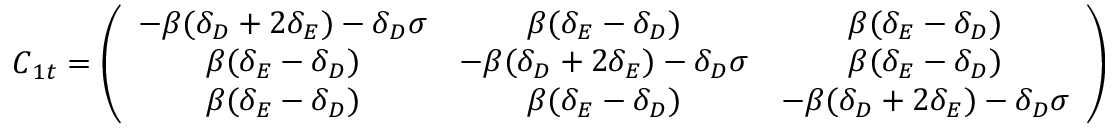
\begin{array} { r } { \boldsymbol C _ { 1 t } = \left( \begin{array} { c c c } { - \beta ( \delta _ { D } + 2 \delta _ { E } ) - \delta _ { D } \sigma } & { \beta ( \delta _ { E } - \delta _ { D } ) } & { \beta ( \delta _ { E } - \delta _ { D } ) } \\ { \beta ( \delta _ { E } - \delta _ { D } ) } & { - \beta ( \delta _ { D } + 2 \delta _ { E } ) - \delta _ { D } \sigma } & { \beta ( \delta _ { E } - \delta _ { D } ) } \\ { \beta ( \delta _ { E } - \delta _ { D } ) } & { \beta ( \delta _ { E } - \delta _ { D } ) } & { - \beta ( \delta _ { D } + 2 \delta _ { E } ) - \delta _ { D } \sigma } \end{array} \right) , } \end{array}